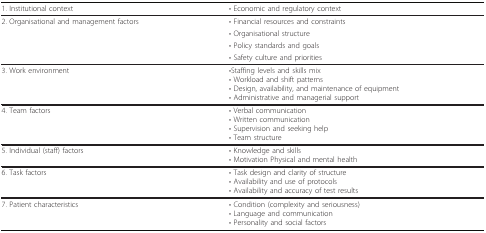
<table><thead><tr><td><b>1. Institutional context</b></td><td><b>• Economic and regulatory context</b></td></tr></thead><tbody><tr><td>2. Organisational and management factors</td><td>• Financial resources and constraints</td></tr><tr><td></td><td>• Organisational structure</td></tr><tr><td></td><td>• Policy standards and goals</td></tr><tr><td></td><td>• Safety culture and priorities</td></tr><tr><td>3. Work environment</td><td>•Staffing levels and skills mix• Workload and shift patterns• Design, availability, and maintenance of equipment• Administrative and managerial support</td></tr><tr><td>4. Team factors</td><td>• Verbal communication• Written communication• Supervision and seeking help• Team structure</td></tr><tr><td>5. Individual (staff) factors</td><td>• Knowledge and skills• Motivation Physical and mental health</td></tr><tr><td>6. Task factors</td><td>• Task design and clarity of structure• Availability and use of protocols• Availability and accuracy of test results</td></tr><tr><td>7. Patient characteristics</td><td>• Condition (complexity and seriousness)• Language and communication• Personality and social factors</td></tr></tbody></table>